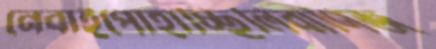
নেবাইপোহাচ্ছিলিবাণিজ